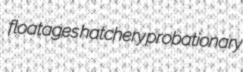
floatages hatchery probationary